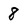
Character: 8